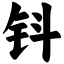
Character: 钭